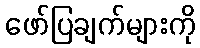
ဖော်ပြချက်များကို